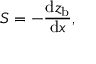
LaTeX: S = - { \frac { \mathrm { d } z _ { \mathrm { b } } } { \mathrm { d } x } } ,